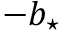
- \ensuremath { b _ { \star } }